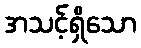
အသင့်ရှိသော